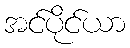
အင်ပိုင်ယာ